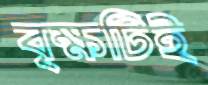
বৃক্ষটিই